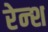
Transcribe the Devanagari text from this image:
रेन्श